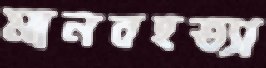
মানবহত্যা